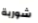
شوربة